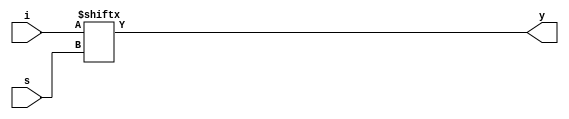
`timescale 1ns / 1ps
//////////////////////////////////////////////////////////////////////////////////
// Company: 
// Engineer: 
// 
// Design Name: 
// Module Name: mux81
// Project Name: 
// Target Devices: 
// Tool Versions: 
// Description: 
// 
// Dependencies: 
// 
// Revision:
// Revision 0.01 - File Created
// Additional Comments:
// 
//////////////////////////////////////////////////////////////////////////////////


module mux81(
    input[2:0] s,
    input[7:0] i,
    output y
    );
    assign y = i[s[2:0]];
endmodule